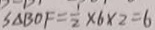
S _ { \Delta B O F } = \frac { 1 } { 2 } \times 6 \times 2 = 6